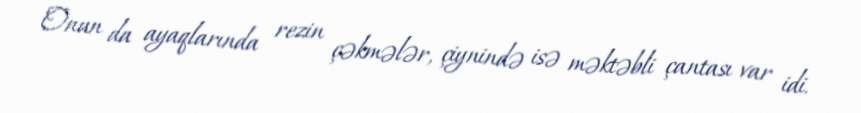
Onun da ayaqlarında rezin çəkmələr, çiynində isə məktəbli çantası var idi.